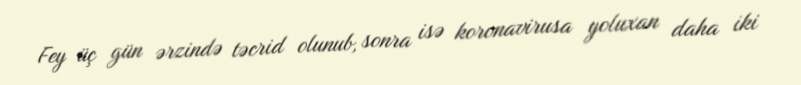
Fey üç gün ərzində təcrid olunub, sonra isə koronavirusa yoluxan daha iki